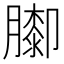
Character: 𦡩